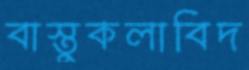
বাস্তুকলাবিদ